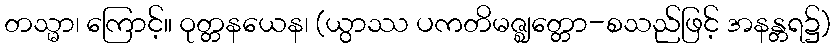
တသ္မာ၊ ကြောင့်။ ဝုတ္တနယေန၊ (ယွာဿ ပကတိမဇ္ဈတ္တော-စသည်ဖြင့် အနန္တရ၌)